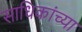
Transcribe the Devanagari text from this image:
साधिकांच्या